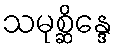
သမုစ္ဆိန္ဒေ